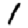
Digit: 1